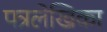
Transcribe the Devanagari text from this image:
पत्रलेखिका